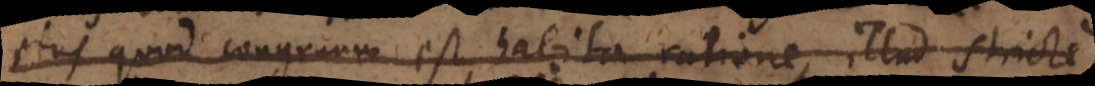
ejus quod congruum est, habita ratione, illud stricte